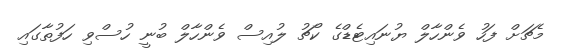
މެޗަށް ފަހު ވެންހާލް ޔުނައިޓެޑްގެ ކޯޗު ލުއިސް ވެންހާލް ބުނީ ހުސްވި ހަފުތާގައި